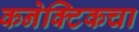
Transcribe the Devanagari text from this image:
कनेक्टिकचा